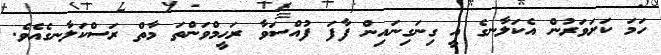
ހަމަ ކަށަވަރުން އެކަލާނގެ އީ ގިނަގިނައިން ފާފަ ފުއްސަވާ ރަޙީމްވަންތަ މާތް ރަސްކަލާނގެއެވެ.